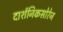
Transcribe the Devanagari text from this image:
दार्शनिकसोरेन